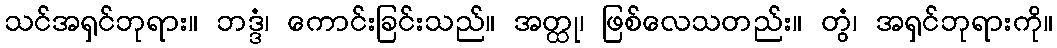
သင်အရှင်ဘုရား။ ဘဒ္ဒံ၊ ကောင်းခြင်းသည်။ အတ္ထု၊ ဖြစ်လေသတည်း။ တွံ၊ အရှင်ဘုရားကို။